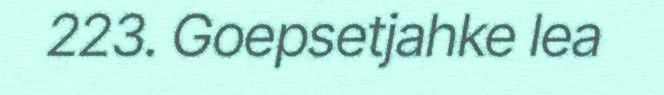
223. Goepsetjahke lea